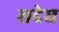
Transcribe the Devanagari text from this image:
सदेघ